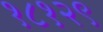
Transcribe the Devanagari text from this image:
१८१२९